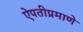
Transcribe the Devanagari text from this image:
ऐपतीप्रमाणे